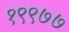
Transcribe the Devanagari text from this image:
१९९७७